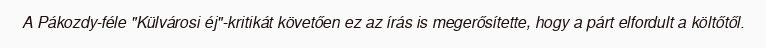
A Pákozdy-féle "Külvárosi éj"-kritikát követően ez az írás is megerősítette, hogy a párt elfordult a költőtől.